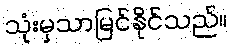
သုံးမှသာမြင်နိုင်သည်။